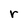
Character: r